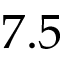
7 . 5